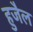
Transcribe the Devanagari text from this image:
हुजैल